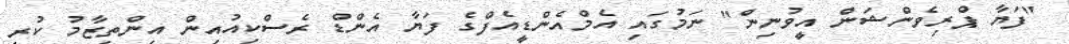
"ފަޔާ ޕްރިވެންޝަން އީވުނިން" ނަމުގައި އެމްއެންޑީއެފްގެ ފަޔާ އެންޑް ރެސްކިއުއިން އިންތިޒާމު ކުރި